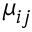
\mu _ { i j }